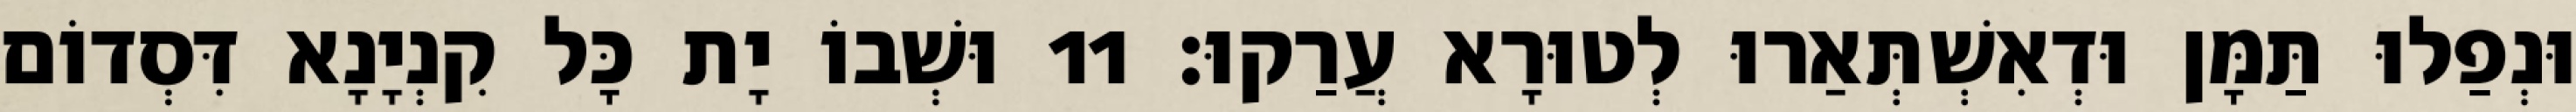
וּנְפַלוּ תַּמָּן וּדְאִשְׁתְּאַרוּ לְטוּרָא עֲרַקוּ׃ 11 וּשְׁבוֹ יָת כָּל קִנְיָנָא דִּסְדוֹם